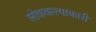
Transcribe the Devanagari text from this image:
लोककल्याकारी